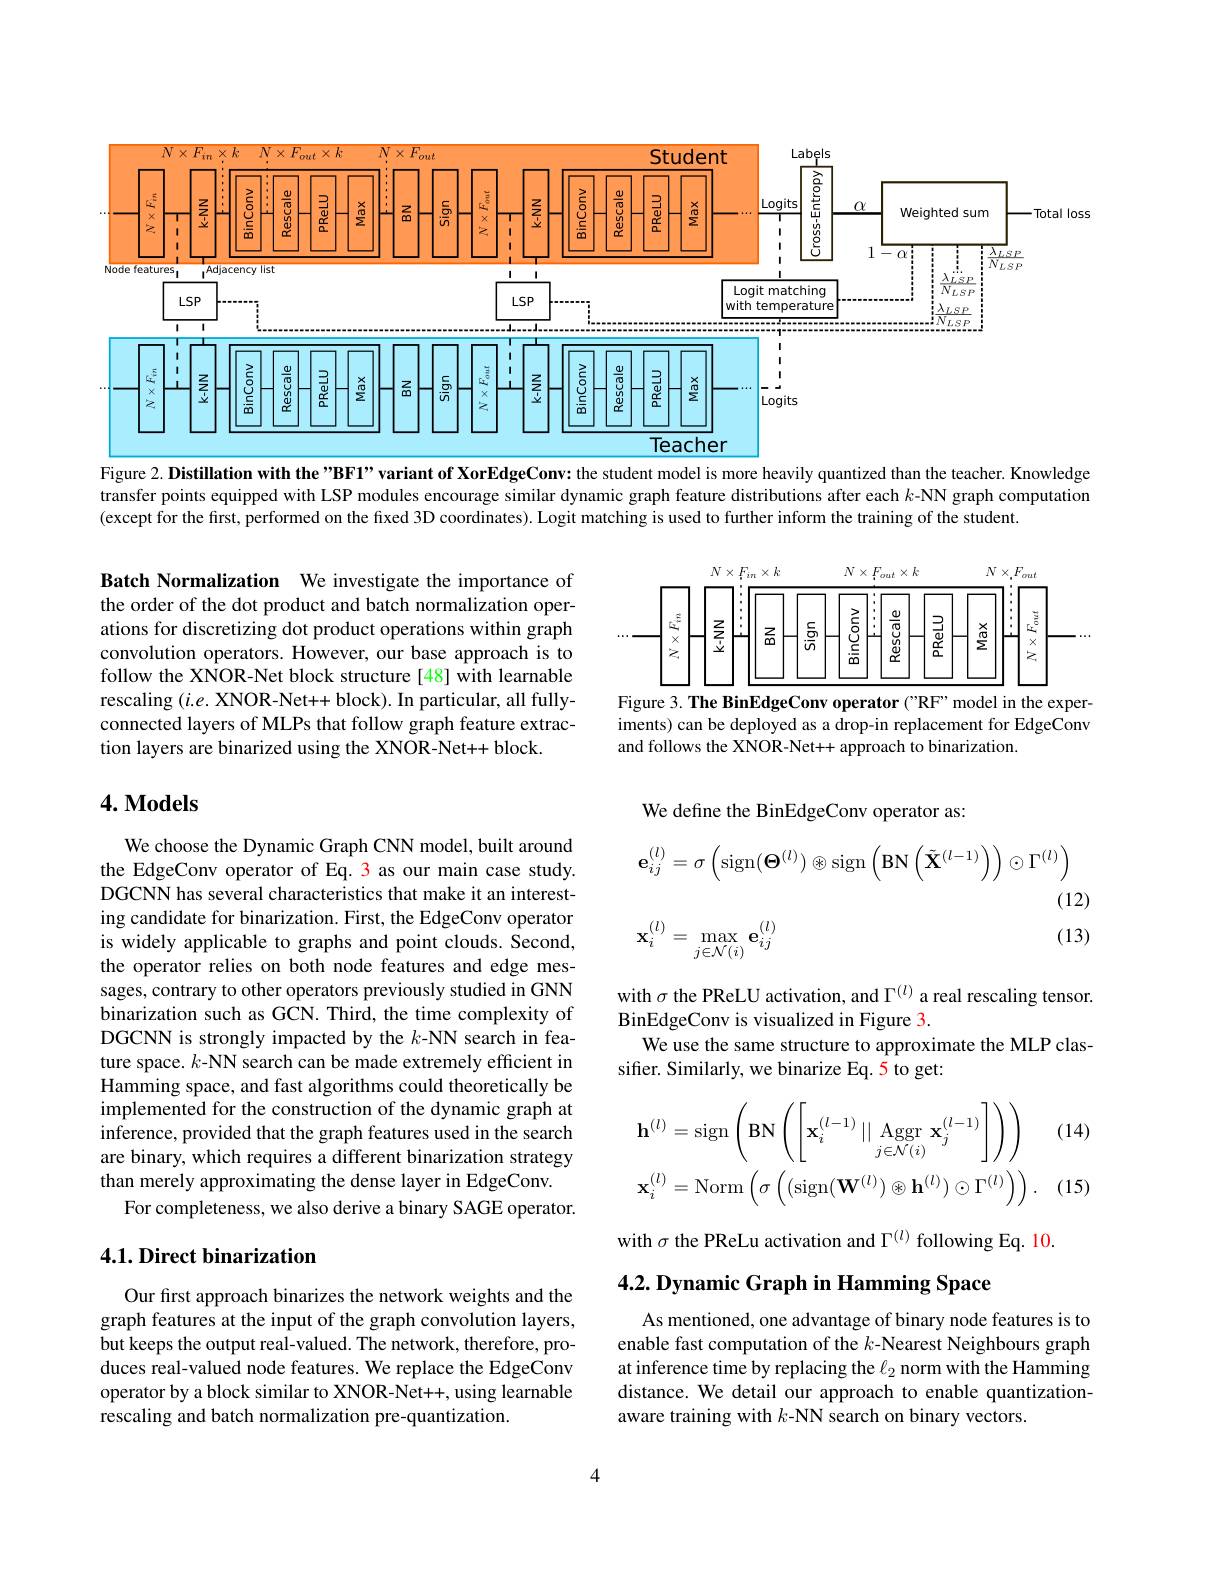
<FigureHere>
Figure 2. Distillation with the"BF1”variant of XorEdgeConv: the student model is more heavily quantized than the teacher. Knowledge

transfer points equipped with LSP modules encourage similar dynamic graph feature distributions after each $k$-NN graph computation
(except for the first, performed on the fixed 3D coordinates). Logit matching is used to further inform the training of the student

<FigureHere>
Figure 3. The BinEdgeConv operator ("RF" model in the exper-

Batch Normalization We investigate the importance of the order of the dot product and batch normalization operations for discretizing dot product operations within graph convolution operators. However, our base approach is to follow the XNOR-Net block structure [48] with learnable rescaling $(i.e.$ XNOR-Net++ block). In particular, all fullyconnected layers of MLPs that follow graph feature extraction layers are binarized using the XNOR-Net++ block.

iments) can be deployed as a drop-in replacement for EdgeConv
and follows the XNOR-Net+ approach to binarization

## $4. \textbf{Models}$

We define the BinEdgeConv operator as:
$$\mathbf{e}_{ij}^{(l)}=\sigma\left(\mathrm{sign}(\mathbf{\Theta}^{(l)})\otimes\mathrm{sign}\left(\mathrm{BN}\left(\tilde{\mathbf{X}}^{(l-1)}\right)\right)\odot\Gamma^{(l)}\right)\\\text{(12}\\\mathbf{x}_{i}^{(l)}=\max_{j\in\mathcal{N}(i)}\mathbf{e}_{ij}^{(l)}$$
We choose the Dynamic Graph CNN model, built around the EdgeConv operator of Eq. 3 as our main case study. DGCNN has several characteristics that make it an interesting candidate for binarization. First, the EdgeConv operator is widely applicable to graphs and point clouds. Second, the operator relies on both node features and edge messages, contrary to other operators previously studied in GNN binarization such as GCN. Third, the time complexity of DGCNN is strongly impacted by the $k$-NN search in feature space. $k$-NN search can be made extremely efficient in Hamming space, and fast algorithms could theoretically be implemented for the construction of the dynamic graph at inference, provided that the graph features used in the search are binary, which requires a different binarization strategy than merely approximating the dense layer in EdgeConv.
For completeness, we also derive a binary SAGE operator.

with $\sigma$ the PReLU activation, and $\Gamma^{(l)}$ a real rescaling tensor.
BinEdgeConv is visualized in Figure 3.
We use the same structure to approximate the MLP clas-
sifer. Similarly, we binarize Eq. 5 to get:

(14)
$$\mathbf{h}^{(l)}=\mathrm{sign}\left(\mathrm{BN}\left(\left[\mathbf{x}_{i}^{(l-1)}\mid\mid\mathrm{Aggr}\:\mathbf{x}_{j}^{(l-1)}\right]\right)\right)\\\mathbf{x}_{i}^{(l)}=\mathrm{Norm}\left(\sigma\left((\mathrm{sign}(\mathbf{W}^{(l)})\otimes\mathbf{h}^{(l)})\odot\Gamma^{(l)}\right)\right).$$
(15)

with $\sigma$ the PReLu activation and $\Gamma^{(l)}$ following Eq. 10.

## 4.1. Direct binarization

## $4. 2. \textbf{Dynamic Graph in Hamming Space}$

Our fırst approach binarizes the network weights and the graph features at the input of the graph convolution layers, but keeps the output real-valued. The network, therefore, produces real-valued node features. We replace the EdgeConv operator by a block similar to XNOR-Net++, using learnable rescaling and batch normalization pre-quantization.

As mentioned, one advantage of binary node features is to enable fast computation of the $k$-Nearest Neighbours graph at inference time by replacing the $\ell_{2}$ norm with the Hamming distance. We detail our approach to enable quantizationaware training with $k$-NN search on binary vectors.

4